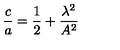
\frac { c } { a } = \frac { 1 } { 2 } + \frac { \lambda ^ { 2 } } { A ^ { 2 } }